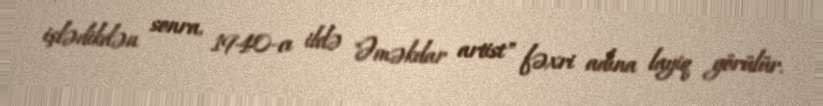
işlədikdən sonra, 1940-cı ildə "Əməkdar artist" fəxri adına layiq görülür.